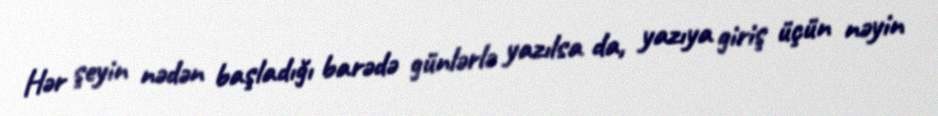
Hər şeyin nədən başladığı barədə günlərlə yazılsa da, yazıya giriş üçün nəyin